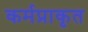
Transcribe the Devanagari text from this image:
कर्मप्राकृत